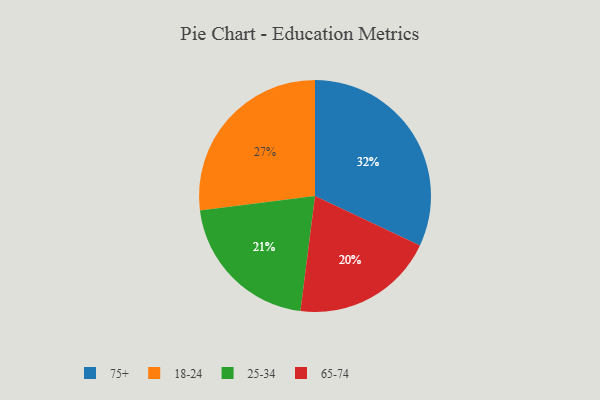
{"axis": {"x": "Category", "y": "Percentage"}, "legend": ["18-24", "25-34", "65-74", "75+"], "data": [{"x": "75+", "y": 32, "type": "75+"}, {"x": "65-74", "y": 20, "type": "65-74"}, {"x": "25-34", "y": 21, "type": "25-34"}, {"x": "18-24", "y": 27, "type": "18-24"}]}